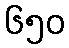
၆၅၀